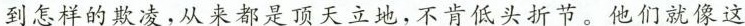
到怎样的欺凌，从来都是顶天立地，不肯低头折节。他们就像这